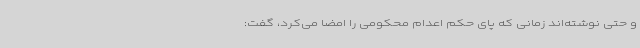
و حتی نوشته‌اند زمانی که پای حکم اعدام محکومی را امضا می‌کرد، گفت: